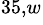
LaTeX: ^{35,w}